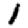
Digit: 1